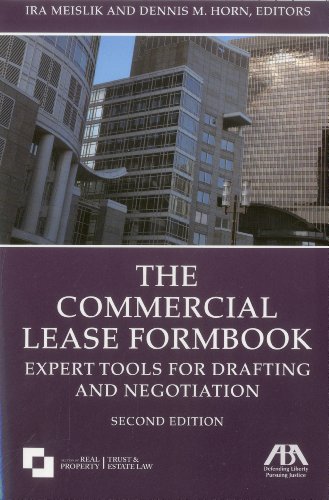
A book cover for The Commercial Lease Formbook: Expert Tools for Drafting and Negotiation; Business & Money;